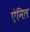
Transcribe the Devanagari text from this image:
ऐनिल